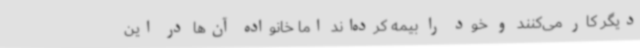
دیگر کار می‌کنند و خود را بیمه کرده‌اند اما خانواده آن‌ها در این